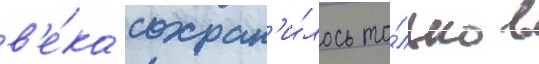
в'е́ка сохран'и́лось то́лько в